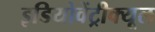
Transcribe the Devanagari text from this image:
इडियोवेंट्रीक्यूल